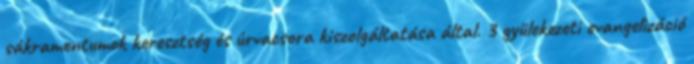
sákramentumok keresztség és úrvacsora kiszolgáltatása által. 3 gyülekezeti evangelizáció